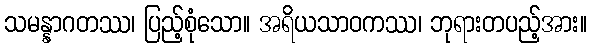
သမန္နာဂတဿ၊ ပြည့်စုံသော။ အရိယသာဝကဿ၊ ဘုရားတပည့်အား။